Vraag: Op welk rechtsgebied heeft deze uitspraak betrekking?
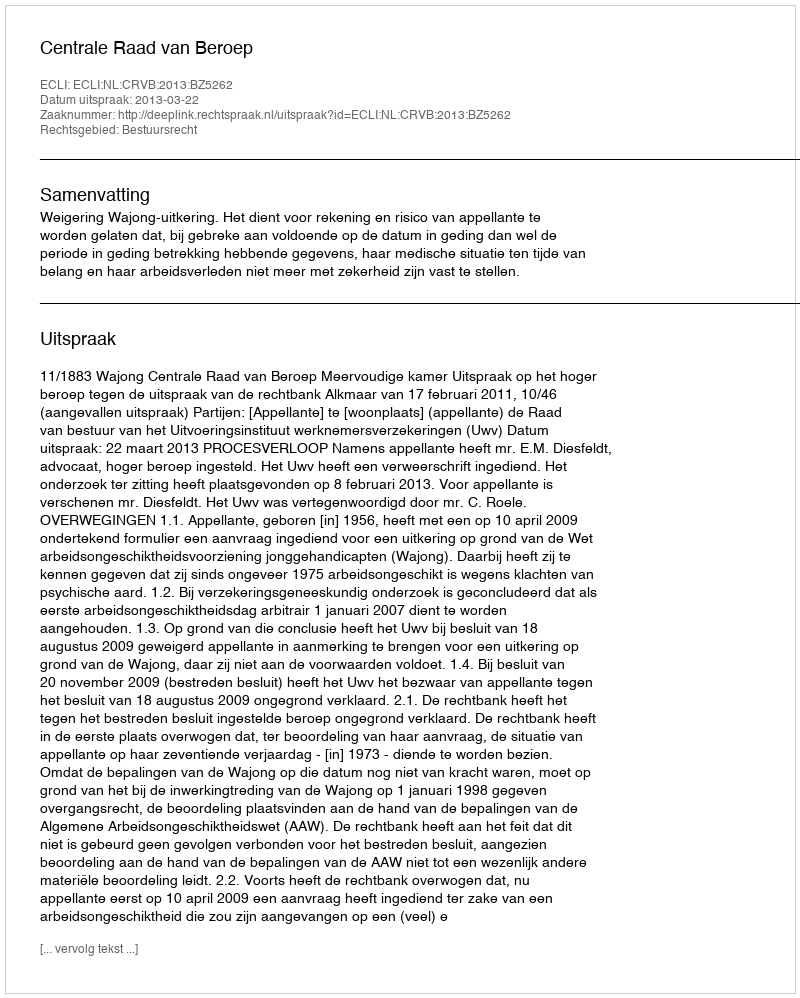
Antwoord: Bestuursrecht